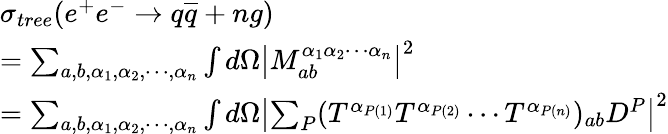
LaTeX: \begin{array}{l}{{\sigma_{tree}(e^{+}e^{-}\rightarrow q\overline{{{q}}}+ng)}}\\ {{=\sum_{a,b,\alpha_{1},\alpha_{2},\cdots,\alpha_{n}}\int d\Omega\left|M_{ab}^{\alpha_{1}\alpha_{2}\cdots\alpha_{n}}\right|^{2}}}\\ {{=\sum_{a,b,\alpha_{1},\alpha_{2},\cdots,\alpha_{n}}\int d\Omega\left|\sum_{P}(T^{\alpha_{P(1)}}T^{\alpha_{P(2)}}\cdots T^{\alpha_{P(n)}})_{ab}D^{P}\right|^{2}}}\end{array}